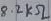
Text: 8.2kΩ